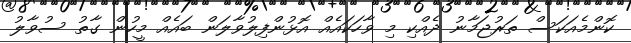
ކޮންމެއަކަސް ތަރުޖަމާނު ދެއްކި މި ވާހަކައެއް އޮޅުންފިލުވާލަން ބައެއް މީހުން ގާތު ސުވާލު